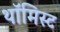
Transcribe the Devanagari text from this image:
थॉमिस्ट